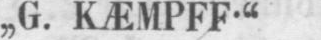
„G. KÆMPFF”